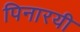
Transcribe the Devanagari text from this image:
पिनारयी